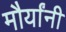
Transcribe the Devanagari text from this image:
मौर्यांनी